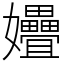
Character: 㜼